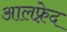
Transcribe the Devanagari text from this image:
आलफ़्रेद